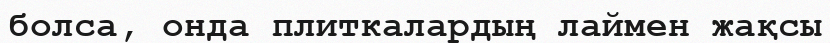
болса, онда плиткалардың лаймен жақсы